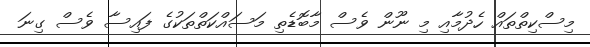
މިސްކިތްތައް ހެދުމާއި މި ނޫން ވެސް މާބޮޑެތި މަސައްކަތްތަކުގެ ފައިސާ ވެސް ގިނަ